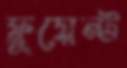
ফ্লুয়েন্ট